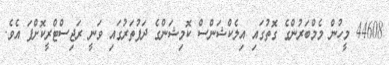
44608 މީހުން މެމްބަރުންގެ ގޮތުގައި އިލެކްޝަންސް ކޮމިޝަންގެ ދަފުތަރުގައި ވަނީ ރަޖިސްޓްރީކޮށްފަ އެވެ.